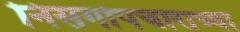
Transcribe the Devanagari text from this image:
निसर्गोपचाराच्या